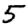
Digit: 5